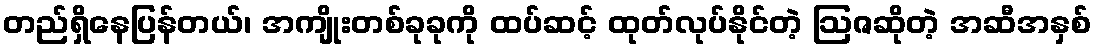
တည်ရှိနေပြန်တယ်၊ အကျိုးတစ်ခုခုကို ထပ်ဆင့် ထုတ်လုပ်နိုင်တဲ့ ဩဇဆိုတဲ့ အဆီအနှစ်